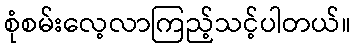
စုံစမ်းလေ့လာကြည့်သင့်ပါတယ်။